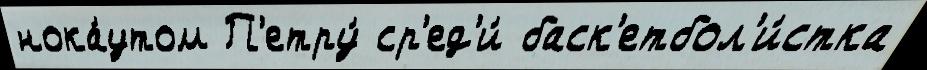
нока́утом П'етру́ ср'ед'и́ баск'етбол'и́стка